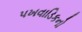
પખવાડિકનો